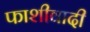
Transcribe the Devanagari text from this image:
फाशीवादी